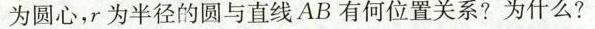
为圆心，r为半径的圆与直线AB有何位置关系?为什么?